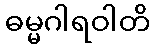
ဓမ္မဂါရဝါတိ